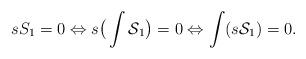
LaTeX: \begin{align*}sS_1=0 \Leftrightarrow s\big(\int {\cal S}_1\big)=0\Leftrightarrow\int (s {\cal S}_1)=0.\end{align*}